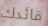
قائدك